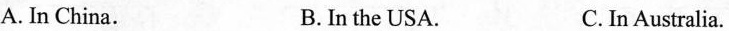
A. In China. B.In the USA. C. In Australia.